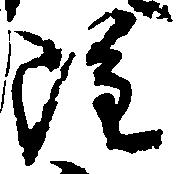
雖